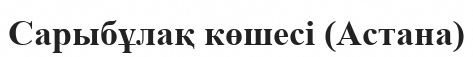
Сарыбұлақ көшесі (Астана)